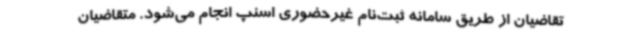
تقاضیان از طریق سامانه ثبت‌نام غیرحضوری اسنپ انجام می‌شود. متقاضیان